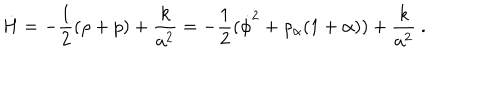
\dot { H } = - { \frac { 1 } { 2 } } ( \rho + p ) + { \frac { k } { a ^ { 2 } } } = - { \frac { 1 } { 2 } } ( \dot { \phi } ^ { 2 } + \rho _ { \alpha } ( 1 + \alpha ) ) + { \frac { k } { a ^ { 2 } } } \ .